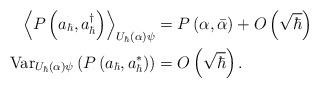
LaTeX: \begin{align*}\left\langle P\left( a_{\hbar},a_{\hbar}^{\dag}\right) \right\rangle_{U_{\hbar}\left( \alpha\right) \psi} & =P\left( \alpha,\bar{\alpha}\right) +O\left( \sqrt{\hbar}\right) \\\operatorname*{Var}\nolimits_{U_{\hbar}\left( \alpha\right) \psi}\left(P\left( a_{\hbar},a_{\hbar}^{\ast}\right) \right) & =O\left( \sqrt{\hbar}\right) .\end{align*}